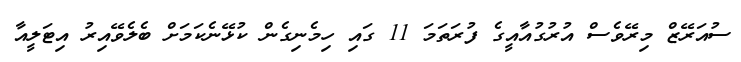
ސުއަރޭޒް މިރޭވެސް އުރުގުއާއީގެ ފުރަތަމަ 11 ގައި ހިމެނިގެން ކުޅޭނެކަމަށް ބެލެވޭއިރު އިޓަލީއާ